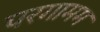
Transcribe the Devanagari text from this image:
परगामम